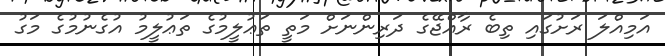
އަމިއްލަ ރަށުގައި ތިބެ ރާއްޖޭގެ ދަރިންނަށް މަތީ ތަޢުލީމުގެ ތަޢުލީމު އުގެނުމުގެ މަގު